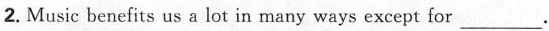
2. Music benefits us a lot in many ways except for ___.